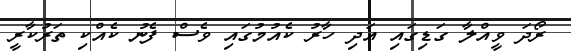
ރޯދަ ވީއްލާ ގަޑިގައި އަދި ހާރު ކެއުމުގައި ވެސް ފެނު ކެއްކި ތަރުކާރީ